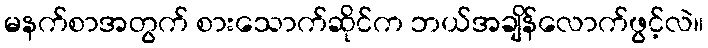
မနက်စာအတွက် စားသောက်ဆိုင်က ဘယ်အချိန်လောက်ဖွင့်လဲ။